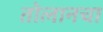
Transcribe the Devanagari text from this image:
तोलानचा